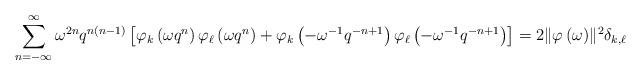
LaTeX: \begin{align*} \sum_{n=-\infty}^{\infty}\omega^{2n}q^{n(n-1)}\left[\varphi_{k}\left(\omega q^{n}\right)\varphi_{\ell}\left(\omega q^{n}\right)+\varphi_{k}\left(-\omega^{-1}q^{-n+1}\right)\varphi_{\ell}\left(-\omega^{-1}q^{-n+1}\right)\right] =2\|\varphi\left(\omega\right)\!\|^{2}\delta_{k,\ell} \end{align*}